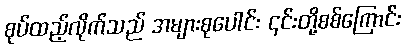
စုပ်ထည့်လိုက်သည် အများစုပေါင်း ၎င်းတို့စစ်ကြောင်း